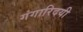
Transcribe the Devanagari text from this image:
गंगारिदयी